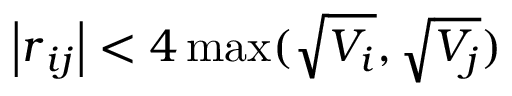
\left| \boldsymbol { r } _ { i j } \right| < 4 \operatorname* { m a x } ( \sqrt { V _ { i } } , \sqrt { V _ { j } } )